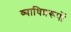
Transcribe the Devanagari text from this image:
व्याधिप्ररूपों